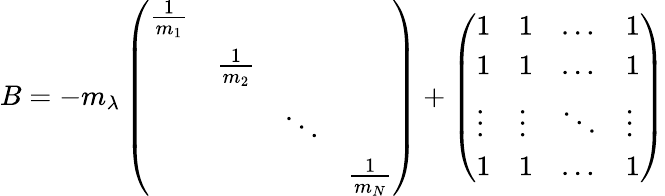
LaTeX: \begin{array}{r}{B=-m_{\lambda}\left(\begin{array}{llll}{\frac{1}{m_{1}}}&&&\\ &{\frac{1}{m_{2}}}&&\\ &&{\ddots}&\\ &&&{\frac{1}{m_{N}}}\end{array}\right)+\left(\begin{array}{llll}{1}&{1}&{\ldots}&{1}\\ {1}&{1}&{\ldots}&{1}\\ {\vdots}&{\vdots}&{\ddots}&{\vdots}\\ {1}&{1}&{\ldots}&{1}\end{array}\right)}\end{array}